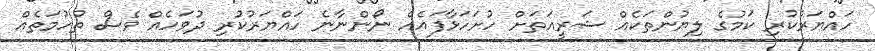
ހައްޔަރުކުރި ކަމުގެ ލިޔުންތަކެއް ޝަރީއަތަށް ހުށަހަޅާފައެއް ނޯންނާނެ ހައްޔަރުކުރި ދުވަހެއް ވެސް ތުހުމަތެއް